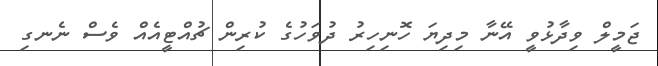
ޖަމީލް ވިދާޅުވީ އޭނާ މިދިޔަ ހޮނިހިރު ދުވަހުގެ ކުރިން ޗުއްޓީއެއް ވެސް ނެނގި